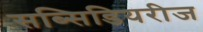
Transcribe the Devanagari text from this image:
सब्सिडियरीज